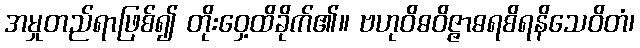
အမှုတည်ရာဖြစ်၍ တိုးဝှေ့ထိခိုက်၏။ ဗဟုဝိဓဝိဇ္ဇာဓရစိရနိသေဝိတံ၊